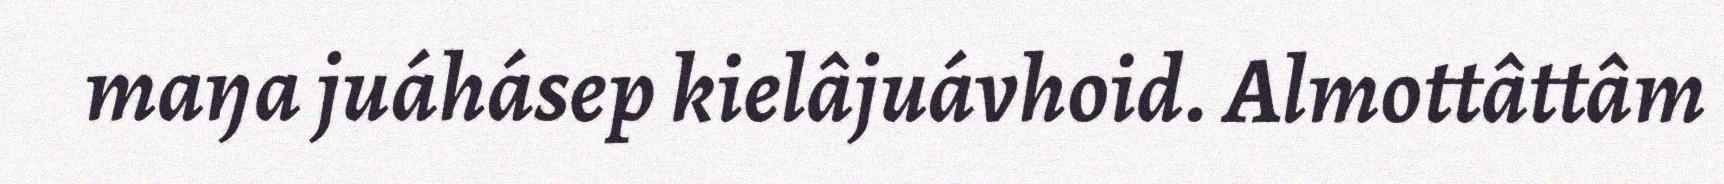
maŋa juáhásep kielâjuávhoid. Almottâttâm